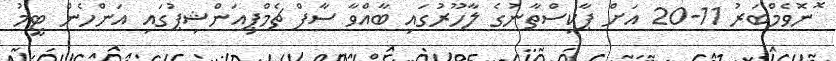
ޮނޮވެމްބަރު 11-20 އަށް ޕާކިސްތާނުގެ ލާހޫރުގައި ބާއްވާ ސާފް ޗެމްޕިއަންޝިޕުގައި އަންހެން ޓީމު